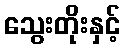
သွေးတိုးနှင့်